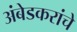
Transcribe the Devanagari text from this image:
अंबेडकरांचे